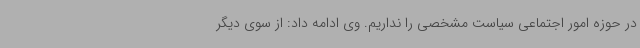
در حوزه امور اجتماعی سیاست مشخصی را نداریم. وی ادامه داد: از سوی دیگر